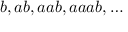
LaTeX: b , a b , a a b , a a a b , \ldots